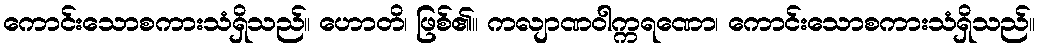
ကောင်းသောစကားသံရှိသည်။ ဟောတိ၊ ဖြစ်၏။ ကလျာဏဝါက္ကရဏော၊ ကောင်းသောစကားသံရှိသည်။